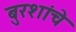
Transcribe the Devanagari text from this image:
बुरशांचे